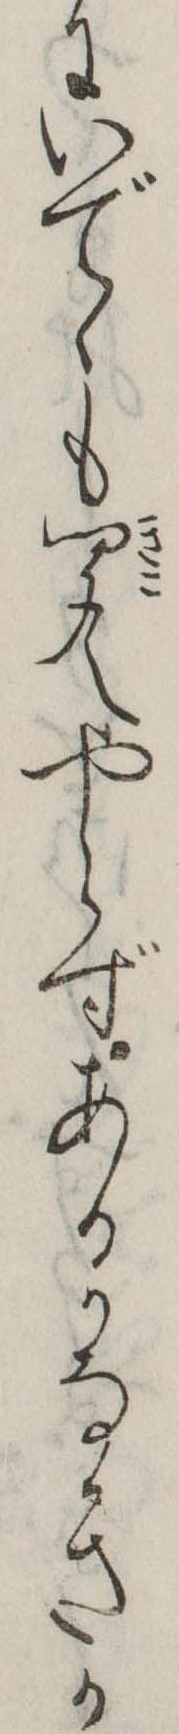
にいでゝも聞えやらずあるかなきか